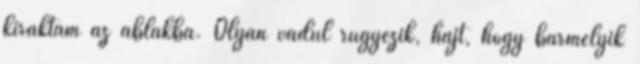
kiraktam az ablakba. Olyan vadul rügyezik, hajt, hogy bármelyik